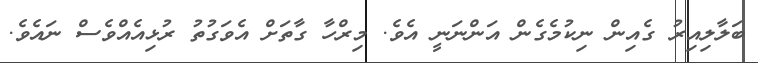
ބަލާލިއިރު ގެއިން ނިކުމެގެން އަންނަނީ އެވެ. މިރްހާ ގާތަށް އެވަގުތު ރުޅިއެއްވެސް ނައެވެ.